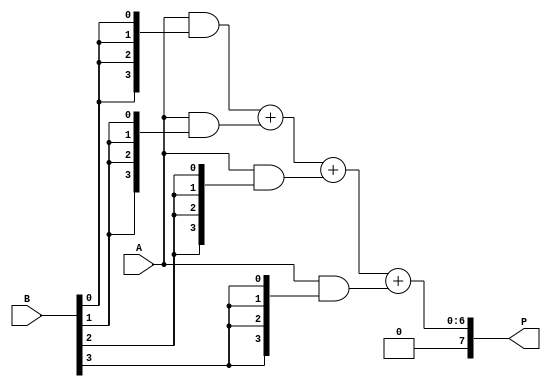
module array_multiplier #(parameter m = 4, n = 4) (
    input [m-1:0] A,    // Multiplicand
    input [n-1:0] B,    // Multiplier
    output [m+n-1:0] P  // Product
);

    // Generate partial products
    wire [m-1:0] pp [0:n-1]; // Partial products array

    genvar i, j;
    generate
        for (i = 0; i < n; i = i + 1) begin : partial_product_gen
            assign pp[i] = A & {m{B[i]}}; // AND operation to generate partial products
        end
    endgenerate

    // Sum the partial products
    wire [m+n-1:0] sum [0:n-1]; // Sum array to hold intermediate sums
    wire [m+n-1:0] carry;        // Carry bits

    assign sum[0] = { {(n-1){1'b0}}, pp[0] }; // First partial product (aligned)

    generate
        for (i = 1; i < n; i = i + 1) begin : adder_tree
            wire [m+n-1:0] shifted_pp;
            assign shifted_pp = { {(i){1'b0}}, pp[i] }; // Shift left by i bits
            // Full adder for summing previous sum and current shifted partial product
            wire [m+n-1:0] temp_sum;
            wire temp_carry;

            // Use a simple adder for summation
            assign {temp_carry, temp_sum} = sum[i-1] + shifted_pp;
            assign sum[i] = temp_sum; // Store the result in the sum array
            assign carry[i] = temp_carry; // Store carry for next iteration
        end
    endgenerate

    // Final product is the last sum
    assign P = sum[n-1];

endmodule